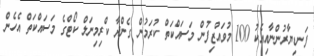
ފަނޑިޔާރުންނާއިއެކު 100 މުވައްޒިފުން މަސައްކަތް ކުރަމުން ގެންދާ ކްރިމިނަލް ކޯޓްގެ މަސައްކަތް އެހެން